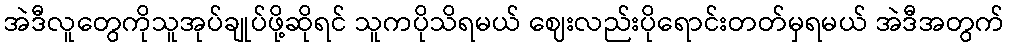
အဲဒီလူတွေကိုသူအုပ်ချုပ်ဖို့ဆိုရင် သူကပိုသိရမယ် ဈေးလည်းပိုရောင်းတတ်မှရမယ် အဲဒီအတွက်